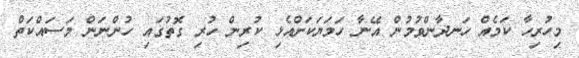
މިހުރިހާ ކަމެއް ހަނދާންވުމުން އޭނާ ހަމަޔަކަށްއެޅި ކުރިން ހުރި ގޮތުގައި ހުންނަން މަސައްކަތް